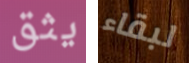
يثق لبقاء